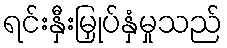
ရင်းနှီးမြှုပ်နှံမှုသည်